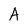
Character: A